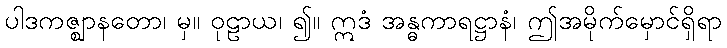
ပါဒကဇ္ဈာနတော၊ မှ။ ဝုဠာယ၊ ၍။ ဣဒံ အန္ဓကာရဋ္ဌာနံ၊ ဤအမိုက်မှောင်ရှိရာ